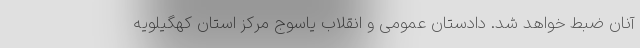
آنان ضبط خواهد شد. دادستان عمومی و انقلاب یاسوج مرکز استان کهگیلویه